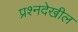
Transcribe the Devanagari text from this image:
प्रश्नदेखील